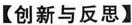
【创新与反思】